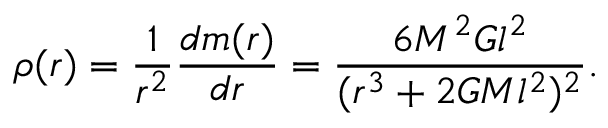
\rho ( r ) = \frac { 1 } { r ^ { 2 } } \frac { d m ( r ) } { d r } = \frac { 6 M ^ { 2 } G l ^ { 2 } } { ( r ^ { 3 } + 2 G M l ^ { 2 } ) ^ { 2 } } .